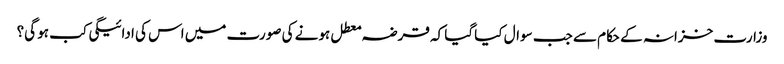
وزارت خزانہ کے حکام سے جب سوال کیا گیا کہ قرضہ معطل ہونے کی صورت میں اس کی ادائیگی کب ہو گی؟